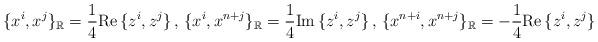
LaTeX: \begin{align*}\{x^i,x^j\}_\mathbb{R}=\frac{1}{4}{\rm Re}\,\{z^i,z^j\}\,,\,\{x^i,x^{n+j}\}_\mathbb{R}=\frac{1}{4}{\rm Im}\,\{z^i,z^j\}\,,\,\{x^{n+i},x^{n+j}\}_\mathbb{R}=-\frac{1}{4}{\rm Re}\,\{z^i,z^j\}\end{align*}